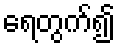
ရေတွက်၍